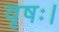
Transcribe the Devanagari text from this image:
वृषः।